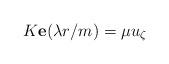
LaTeX: \begin{align*} K \mathbf{e}(\lambda r / m) = \mu u_\zeta \end{align*}